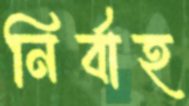
নির্বাহ